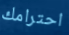
احترامك